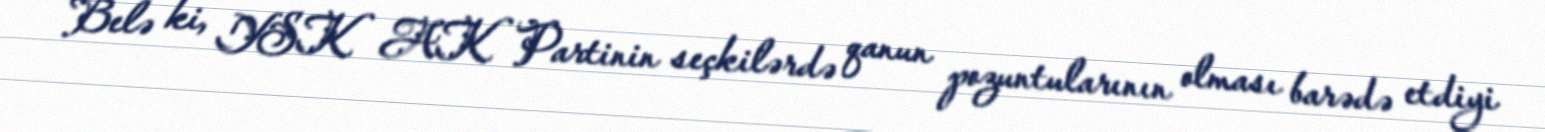
Belə ki, YSK AK Partinin seçkilərdə qanun pozuntularının olması barədə etdiyi